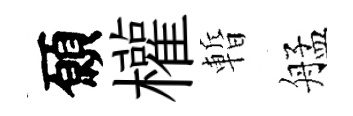
願權暫艋